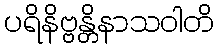
ပရိနိဗ္ဗန္တိနာသဝါတိ